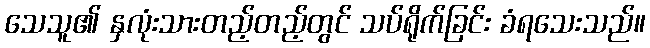
သေသူ၏ နှလုံးသားတည့်တည့်တွင် သပ်ရိုက်ခြင်း ခံရသေးသည်။